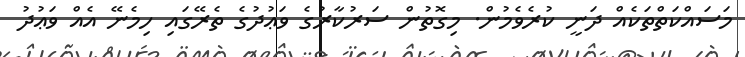
މަސައްކަތްތަކެއް ދަނީ ކުރެވެމުން. މިގޮތުން ސަރުކާރުގެ ވަޢުދުގެ ތެރޭގައި ހިމެނޭ އެއް ވަޢުދު